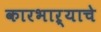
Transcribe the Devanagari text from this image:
कारभाऱ्याचे